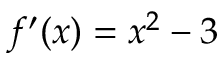
f ^ { \prime } ( x ) = x ^ { 2 } - 3